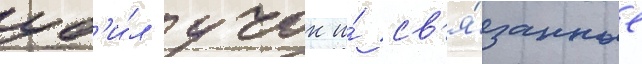
уб'и́л учок и́ св'я́занные